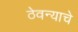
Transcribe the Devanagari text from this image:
ठेवन्याचे